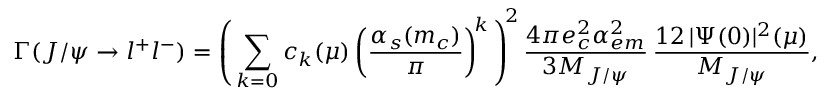
\Gamma ( J / \psi \to l ^ { + } l ^ { - } ) = \left( \, \sum _ { k = 0 } c _ { k } ( \mu ) \left( \frac { \alpha _ { s } ( m _ { c } ) } { \pi } \right) ^ { \! k } \, \right) ^ { \! 2 } \frac { 4 \pi e _ { c } ^ { 2 } \alpha _ { e m } ^ { 2 } } { 3 M _ { J / \psi } } \, \frac { 1 2 \, | \Psi ( 0 ) | ^ { 2 } ( \mu ) } { M _ { J / \psi } } ,